Indian journal of veterinary science and animal husbandry - Volumes 18-21, 1948-1951
Year: 1948
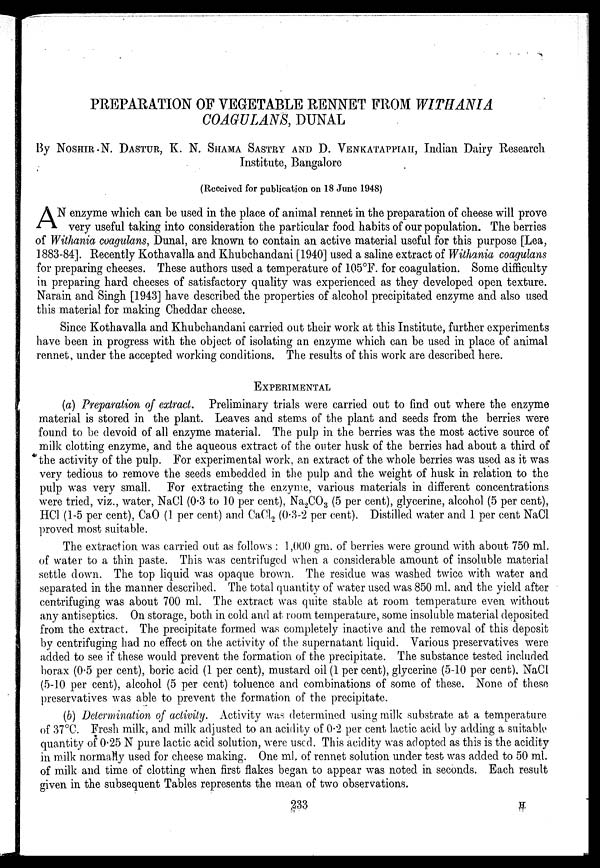
PREPARATION OF VEGETABLE RENNET FROM WITHANIA
COAGULANS, DUNAL
By NOSHIR. N. DASTUR, K. N. SHAMA SASTRY AND D. VENKATAPPIAH, Indian Dairy Research
Institute, Bangalore
(Received for publication on 18 June 1948)
A N enzyme which can be used in the place of animal rennet in the preparation of cheese will prove
very useful taking into consideration the particular food habits of our population. The berries
of Withania coagulans, Dunal, are known to contain an active material useful for this purpose [Lea,
1883-84]. Recently Kothavalla and Khubchandani [1940] used a saline extract of Withania coagulans
for preparing cheeses. These authors used a temperature of 105°F. for coagulation. Some difficulty
in preparing hard cheeses of satisfactory quality was experienced as they developed open texture.
Narain and Singh [1943] have described the properties of alcohol precipitated enzyme and also used
this material for making Cheddar cheese.
Since Kothavalla and Khubchandani carried out their work at this Institute, further experiments
have been in progress with the object of isolating an enzyme which can be used in place of animal
rennet, under the accepted working conditions. The results of this work are described here.
EXPERIMENTAL
(a) Preparation of extract. Preliminary trials were carried out to find out where the enzyme
material is stored in the plant. Leaves and stems of the plant and seeds from the berries were
found to be devoid of all enzyme material. The pulp in the berries was the most active source of
milk clotting enzyme, and the aqueous extract of the outer husk of the berries had about a third of
the activity of the pulp. For experimental work, an extract of the whole berries was used as it was
very tedious to remove the seeds embedded in the pulp and the weight of husk in relation to the
pulp was very small. For extracting the enzyme, various materials in different concentrations
were tried, viz., water, NaCl (0.3 to 10 per cent), Na 2 CO 3 (5 per cent), glycerine, alcohol (5 per cent),
HCl (1-5 per cent), CaO (1 per cent) and CaCl 2 (0.3-2 per cent). Distilled water and 1 per cent NaCl
proved most suitable.
The extraction was carried out as follows : 1,000 gm. of berries were ground with about 750 ml.
of water to a thin paste. This was centrifuged when a considerable amount of insoluble material
settle down. The top liquid was opaque brown. The residue was washed twice with water and
separated in the manner described. The total quantity of water used was 850 ml. and the yield after
centrifuging was about 700 ml. The extract was quite stable at room temperature even without
any antiseptics. On storage, both in cold and at room temperature, some insoluble material deposited
from the extract. The precipitate formed was completely inactive and the removal of this deposit
by centrifuging had no effect on the activity of the supernatant liquid. Various preservatives were
added to see if these would prevent the formation of the precipitate. The substance tested included
borax (0.5 per cent), boric acid (1 per cent), mustard oil (1 per cent), glycerine (5-10 per cent). NaCl
(5-10 per cent), alcohol (5 per cent) toluence and combinations of some of these. None of these
preservatives was able to prevent the formation of the precipitate.
(b) Determination of activity. Activity was determined using milk substrate at a temperature
of 37°C. Fresh milk, and milk adjusted to an acidity of 0.2 per cent lactic acid by adding a suitable
quantity of 0.25 N pure lactic acid solution, were used. This acidity was adopted as this is the acidity
in milk normally used for cheese making. One ml, of rennet solution under test was added to 50 ml.
of milk and time of clotting when first flakes began to appear was noted in seconds. Each result
given in the subsequent Tables represents the mean of two observations.
H
233
H